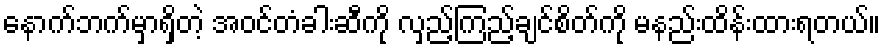
နောက်ဘက်မှာရှိတဲ့ အဝင်တံခါးဆီကို လှည့်ကြည့်ချင်စိတ်ကို မနည်းထိန်းထားရတယ်။